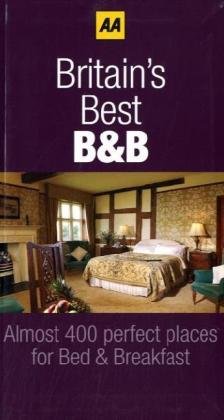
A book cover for Britain's Best Bed & Breakfast 2010; AA Publishing; Travel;